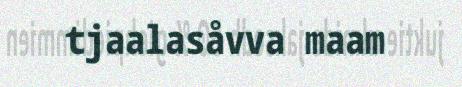
tjaalasåvva maam